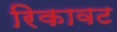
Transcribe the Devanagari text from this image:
रिकावट